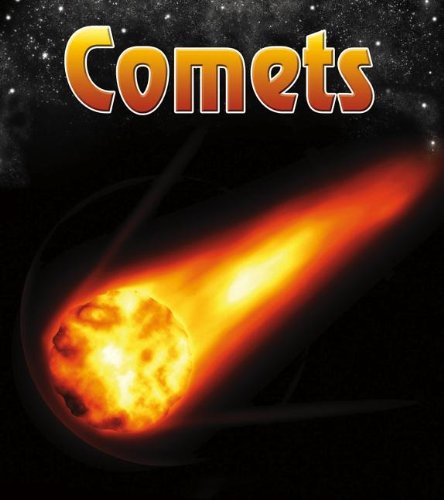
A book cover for Comets (The Night Sky: and Other Amazing Sights in Space); Nick Hunter; Science & Math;